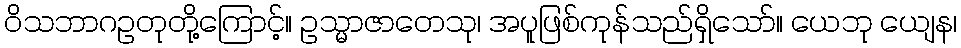
ဝိသဘာဂဥတုတို့ကြောင့်။ ဥသ္မာဇာတေသု၊ အပူဖြစ်ကုန်သည်ရှိသော်။ ယေဘု ယျေန၊